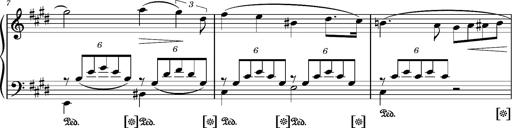
Title: Album-Leaf 'Andante molto expressivo'
Composer: Franz Liszt
Key: G-sharp minor